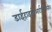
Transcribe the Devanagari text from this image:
डाईहाइड्रोआर्टमिसिनीन